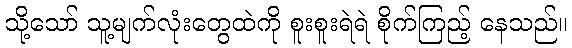
သို့သော် သူ့မျက်လုံးတွေထဲကို စူးစူးရဲရဲ စိုက်ကြည့် နေသည်။